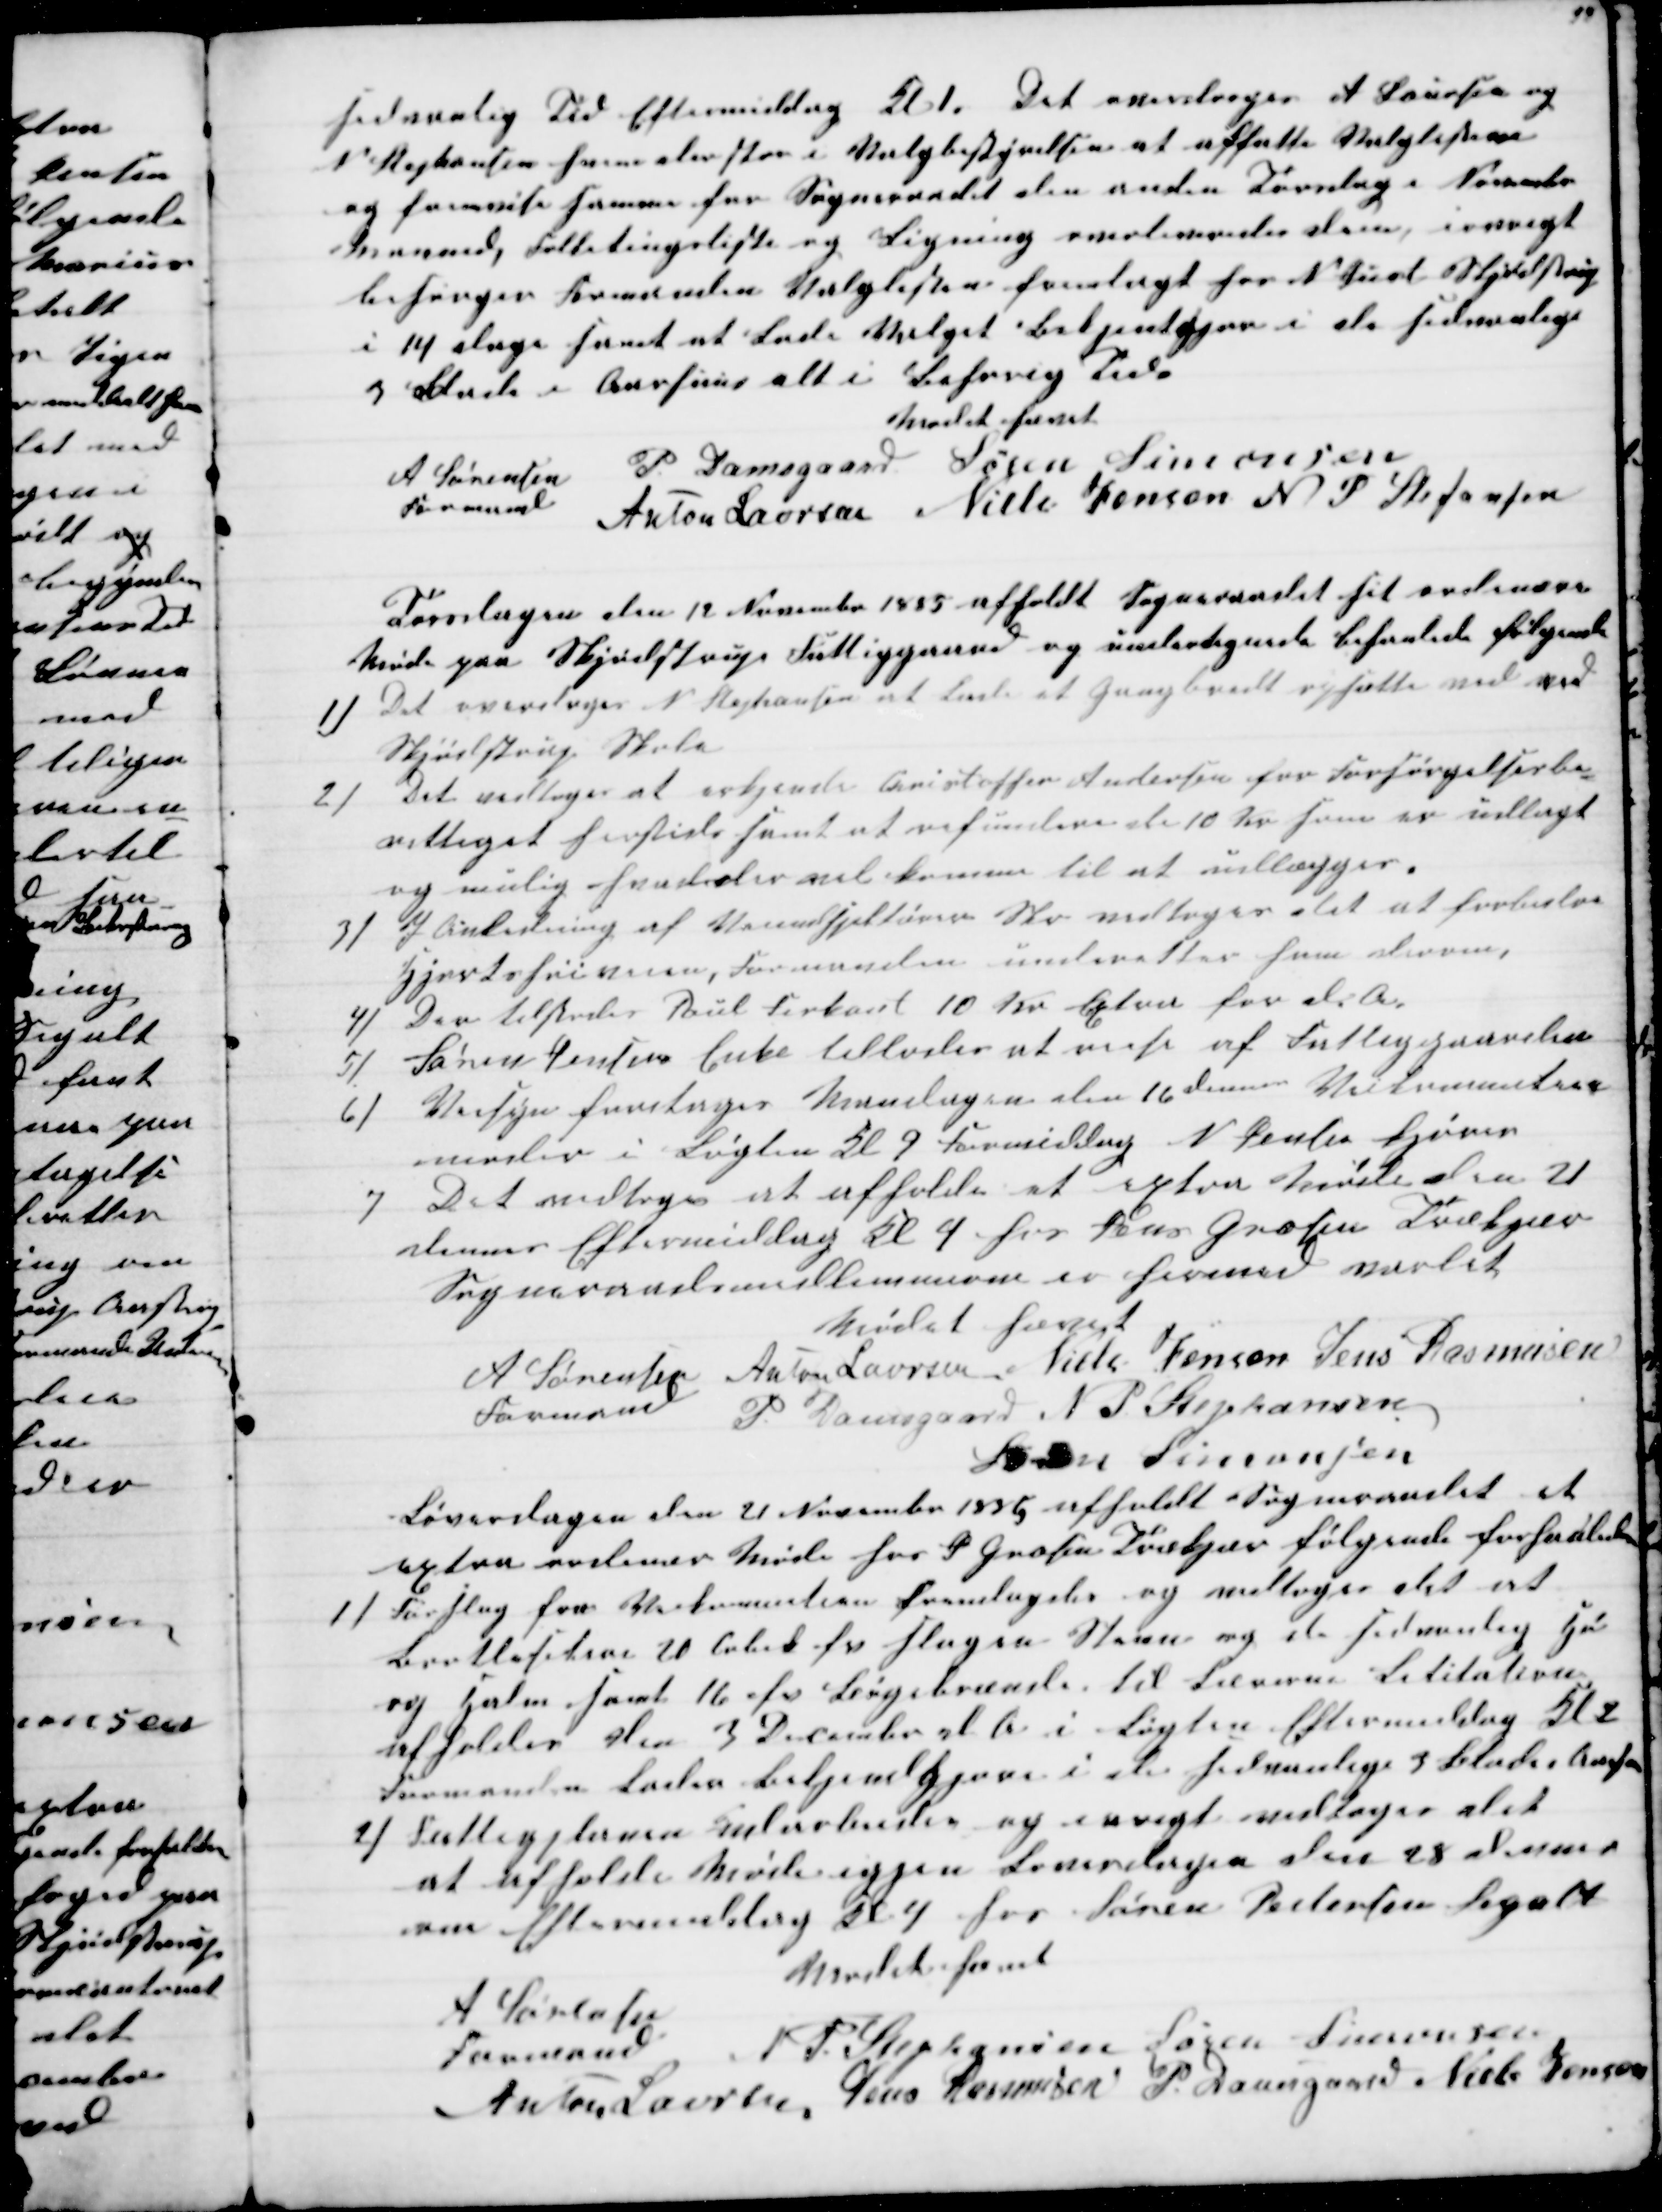
Transskription:
sedvanlig Tid Eftermiddag Kl 1. Det overdroges A Laursen og
N Stephansen hvem der staa i Valgbestyrelsen at affatte Valglisten
og fremvise samme for Sogneraadet den anden Torsdag i November
Maaned, Folketingsliste og Ligning overleveredes dem, iøvrigt
besørger Formanden Valglisten fremlagt hos N Just Skjødstrup
i 14 dage samt at Lade Valget Bekjentgjøre i de sedvanlige
3 Blade i Aarhuus alt i Behørig Tid
Mødet hævet
A Sørensen 
Formand
P. Damsgaard Søren Simonsen
Anton Laursen Niels Jensen N P Stefansen
Torsdagen den 12 November 1885 afholdt Sogneraadet sit ordinære
Møde paa Skjødstrup Fattiggaard og undertegnede behanlede følgende
1) Det overdroges N. Stephansen at lade et Gangbrædt opsætte ved ved
Skjødstrup Skole
2)
Det vedtoges at erkjende Christoffer Andersen for Forsørgelsesbe-
rettiget hersteds samt at refundere de 10 Kr som er udlagt
og mulig hvad der vil komme til at udlægges.
3) I Anledning af Vanindspektørens Skr vedtoges det at forbedre
Hjortshøiaaen, Formanden underetter ham derom,
4)
Der tilstodes Poul Firkant 10 Kr Extra for d. A.
5)
Søren Jensens Enke tilstodes at reise af Fattiggaarden
6)
Veisyn foretages Mandagen den 16 dennes Veikommiteen
møder i Løgten Kl 9 Formiddag N Jensen kjører
7
Det vedtoges at afholde et extra Møde den 21
dennes Eftermiddag Kl 4 hos Jens Grosen Trækjær
Sogneraadsmedlemmerne er hermed varlet
Mødet hævet
A Sørensen 
Formand
Anton Laursen Niels Jensen Jens Rasmusen
P Damsgaard  N P Stephansen
Søren Simonsen
Løverdagen den 21 November 1885 afholdt Sogneraadet et
extra ordinær Møde hos J Grosen Trækjær følgende forhanledes
1) Forslag fra Veikommiteen fremlagdes og vedtoges det at
Bortlisitere 20 Cubik fv Slagen Steen og de sedvanlig Hø
og Halm samt 16 fv Bøgebrænde til Lærerne Lititation
afholdes den 3 December d A i Løgten Eftermiddag Kl 2
Formanden lader bekjendgjøre i de sedvanlige 3 Blade i Aarhuus
2) Fattigplanen Udarbeides og iøvrigt vedtoges det
at afholde Møde igjen Løverdagen den 28 dennes
om Eftermiddag Kl 4 hos Søren Pedersen Segalt
Mødet hævet
A Sørensen
Formand
N P Stephansen Søren Simonsen
Anton Laursen, Jens Rasmusen P. Damsgaard Niels Jensen